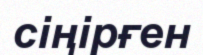
сіңірғен